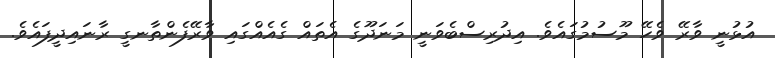
އުޅުނީ ވާރޭ ވެހޭ މޫސުމުގައެވެ. އިދުރިސްބެވަނީ މަނަދޫގެ އެތައް ގެއެއްގައި ވާރޭފެންތާނގީ ރާނައިދީފައެވެ.